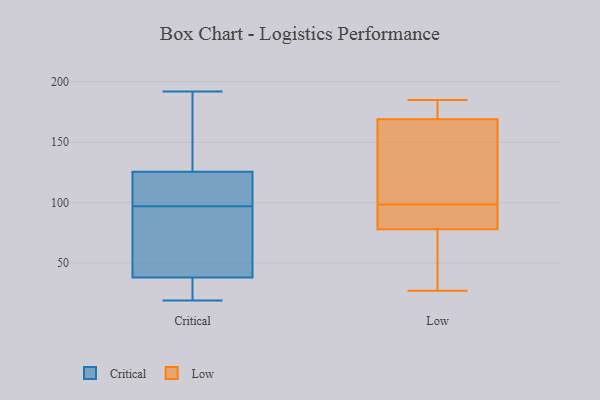
{"axis": {"x": "Customer Acquisition Cost (USD)", "y": "Value"}, "legend": ["Critical", "Low"], "data": [{"x": "", "y": 23, "type": "Critical"}, {"x": "", "y": 100, "type": "Critical"}, {"x": "", "y": 39, "type": "Critical"}, {"x": "", "y": 175, "type": "Critical"}, {"x": "", "y": 97, "type": "Critical"}, {"x": "", "y": 83, "type": "Critical"}, {"x": "", "y": 189, "type": "Critical"}, {"x": "", "y": 35, "type": "Critical"}, {"x": "", "y": 19, "type": "Critical"}, {"x": "", "y": 110, "type": "Critical"}, {"x": "", "y": 67, "type": "Critical"}, {"x": "", "y": 192, "type": "Critical"}, {"x": "", "y": 122, "type": "Critical"}, {"x": "", "y": 19, "type": "Critical"}, {"x": "", "y": 127, "type": "Critical"}, {"x": "", "y": 125, "type": "Critical"}, {"x": "", "y": 59, "type": "Critical"}, {"x": "", "y": 144, "type": "Low"}, {"x": "", "y": 170, "type": "Low"}, {"x": "", "y": 85, "type": "Low"}, {"x": "", "y": 91, "type": "Low"}, {"x": "", "y": 61, "type": "Low"}, {"x": "", "y": 169, "type": "Low"}, {"x": "", "y": 185, "type": "Low"}, {"x": "", "y": 106, "type": "Low"}, {"x": "", "y": 78, "type": "Low"}, {"x": "", "y": 27, "type": "Low"}]}